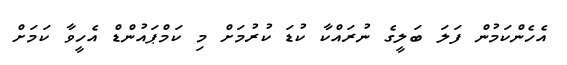
އެހެންކަމުން ފަލަ ބަލީގެ ނުރައްކާ ކުޑަ ކުރުމަށް މި ކަމްޕައުންޑް އެހީވާ ކަމަށް